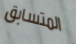
المتسابق